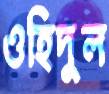
ওহিদুল